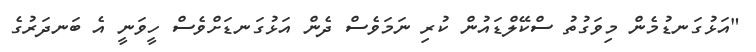
"އަޅުގަނޑުމެން މިވަގުތު ސްކޭލްޑައުން ކުރި ނަމަވެސް ދެން އަޅުގަނޑަށްވެސް ހީވަނީ އެ ބަނދަރުގެ